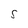
Character: S